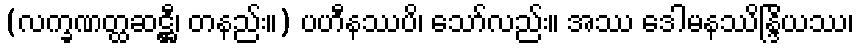
(လက္ခဏတ္ထဆဋ္ဌီ၊ တနည်း။) ပဟီနဿပိ၊ သော်လည်း။ အဿ ဒေါမနဿိန္ဒြိယဿ၊